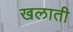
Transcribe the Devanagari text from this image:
खलाती